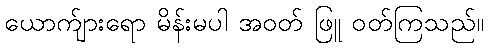
ယောက်ျားရော မိန်းမပါ အဝတ် ဖြူ ဝတ်ကြသည်။